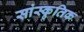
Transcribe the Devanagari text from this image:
सांस्कृ़तिक